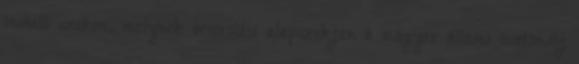
induló szakon, melynek besorolási alapszakján a magyar állami ösztöndíj